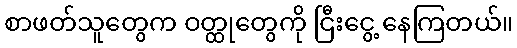
စာဖတ်သူတွေက ဝတ္ထုတွေကို ငြီးငွေ့ နေကြတယ်။